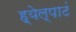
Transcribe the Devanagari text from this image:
ह्येल्पाटं